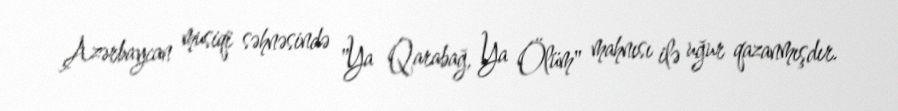
Azərbaycan musiqi səhnəsində "Ya Qarabağ, Ya Ölüm" mahnısı ilə uğur qazanmışdır.